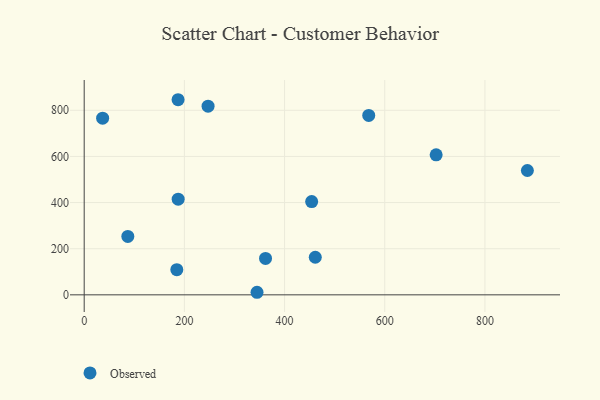
{"axis": {"x": "Ad Spend", "y": "Demand"}, "legend": ["Observed"], "data": [{"x": "345.0", "y": 11.1, "type": "Observed"}, {"x": "87.1", "y": 253.4, "type": "Observed"}, {"x": "454.1", "y": 404.4, "type": "Observed"}, {"x": "184.9", "y": 108.9, "type": "Observed"}, {"x": "884.7", "y": 539.1, "type": "Observed"}, {"x": "568.0", "y": 777.9, "type": "Observed"}, {"x": "247.3", "y": 817.7, "type": "Observed"}, {"x": "36.8", "y": 765.7, "type": "Observed"}, {"x": "461.3", "y": 163.0, "type": "Observed"}, {"x": "187.4", "y": 845.8, "type": "Observed"}, {"x": "362.0", "y": 157.7, "type": "Observed"}, {"x": "187.6", "y": 414.5, "type": "Observed"}, {"x": "702.6", "y": 606.9, "type": "Observed"}]}